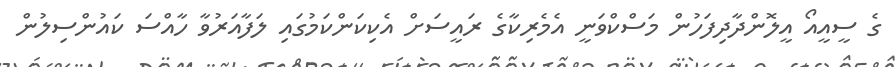
ގެ ސީއީއޯ އީލޮންދާދިފަހުން މަސްކްވަނީ އެމެރިކާގެ ރައީސަށް އެކިކަންކަމުގައި ލަފާއަރުވާ ހާއްސަ ކައުންސިލުން